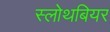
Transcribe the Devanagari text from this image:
स्लोथबियर